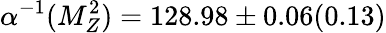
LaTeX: \alpha^{-1}(M_{Z}^{2})=128.98\pm 0.06(0.13)